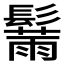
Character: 𲌢